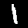
Digit: 1